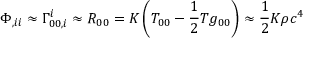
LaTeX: \Phi _ { , i i } \approx \Gamma _ { 0 0 , i } ^ { i } \approx R _ { 0 0 } = K \left( T _ { 0 0 } - { \frac { 1 } { 2 } } T g _ { 0 0 } \right) \approx { \frac { 1 } { 2 } } K \rho c ^ { 4 }